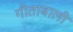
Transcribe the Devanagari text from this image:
गीताबाली